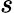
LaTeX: s